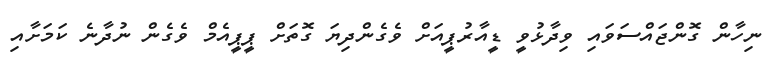
ނިހާން ގޮންޖައްސަވައި ވިދާޅުވީ ޑީއާރުޕީއަށް ވެގެންދިޔަ ގޮތަށް ޕީޕީއެމް ވެގެން ނުދާނެ ކަމަށާއި